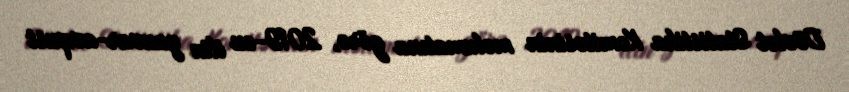
Dövlət Statistika Komitəsinin məlumatına görə, 2019-cu ilin yanvar-avqust